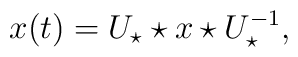
x(t)=U_{\star} \star x \star U_{\star}^{-1},